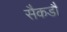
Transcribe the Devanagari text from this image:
सैकडौं